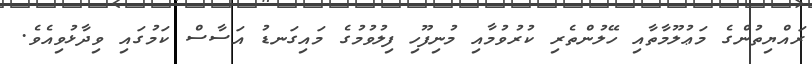
ރައްޔިތުންގެ މަޢުލޫމާތާއި ހޭލުންތެރި ކުރުވުމާއި މުނިފޫހި ފިލުވުމުގެ މައިގަނޑު އަސާސް ކަމުގައި ވިދާޅުވިއެވެ.